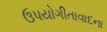
ઉપયોગીતાવાદના